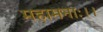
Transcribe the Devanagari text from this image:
महामनाः।।